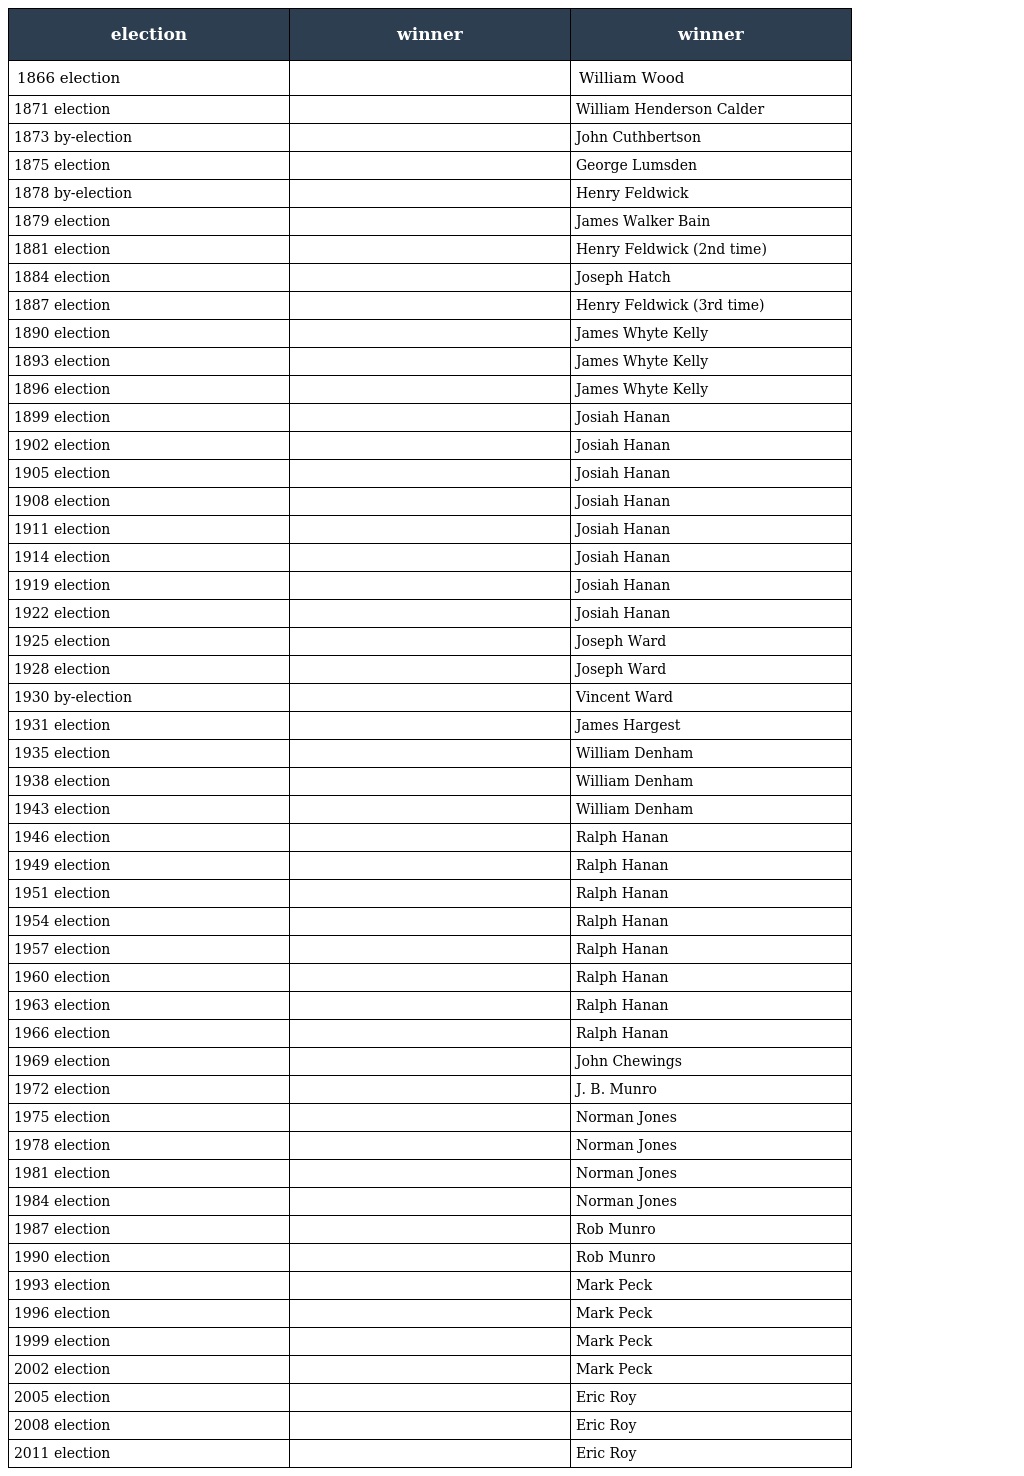
| election | winner | winner |
 | --- | --- | --- |
 | 1866 election |  | William Wood |
 | 1871 election |  | William Henderson Calder |
 | 1873 by-election |  | John Cuthbertson |
 | 1875 election |  | George Lumsden |
 | 1878 by-election |  | Henry Feldwick |
 | 1879 election |  | James Walker Bain |
 | 1881 election |  | Henry Feldwick (2nd time) |
 | 1884 election |  | Joseph Hatch |
 | 1887 election |  | Henry Feldwick (3rd time) |
 | 1890 election |  | James Whyte Kelly |
 | 1893 election |  | James Whyte Kelly |
 | 1896 election |  | James Whyte Kelly |
 | 1899 election |  | Josiah Hanan |
 | 1902 election |  | Josiah Hanan |
 | 1905 election |  | Josiah Hanan |
 | 1908 election |  | Josiah Hanan |
 | 1911 election |  | Josiah Hanan |
 | 1914 election |  | Josiah Hanan |
 | 1919 election |  | Josiah Hanan |
 | 1922 election |  | Josiah Hanan |
 | 1925 election |  | Joseph Ward |
 | 1928 election |  | Joseph Ward |
 | 1930 by-election |  | Vincent Ward |
 | 1931 election |  | James Hargest |
 | 1935 election |  | William Denham |
 | 1938 election |  | William Denham |
 | 1943 election |  | William Denham |
 | 1946 election |  | Ralph Hanan |
 | 1949 election |  | Ralph Hanan |
 | 1951 election |  | Ralph Hanan |
 | 1954 election |  | Ralph Hanan |
 | 1957 election |  | Ralph Hanan |
 | 1960 election |  | Ralph Hanan |
 | 1963 election |  | Ralph Hanan |
 | 1966 election |  | Ralph Hanan |
 | 1969 election |  | John Chewings |
 | 1972 election |  | J. B. Munro |
 | 1975 election |  | Norman Jones |
 | 1978 election |  | Norman Jones |
 | 1981 election |  | Norman Jones |
 | 1984 election |  | Norman Jones |
 | 1987 election |  | Rob Munro |
 | 1990 election |  | Rob Munro |
 | 1993 election |  | Mark Peck |
 | 1996 election |  | Mark Peck |
 | 1999 election |  | Mark Peck |
 | 2002 election |  | Mark Peck |
 | 2005 election |  | Eric Roy |
 | 2008 election |  | Eric Roy |
 | 2011 election |  | Eric Roy |